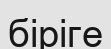
біріге